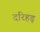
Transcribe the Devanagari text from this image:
दरिहड़